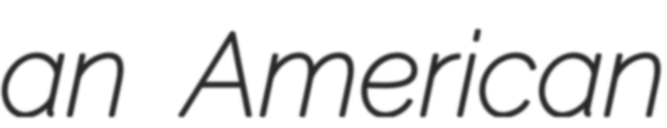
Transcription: an American